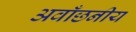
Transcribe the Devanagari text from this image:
अवाँछनीय